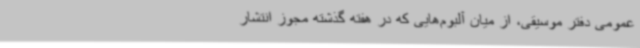
عمومی دفتر موسیقی، از میان آلبوم‌هایی که در هفته گذشته مجوز انتشار